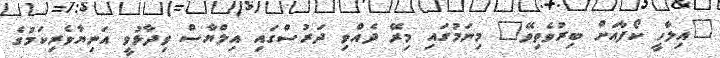
"އިލާހީ ކޯފާއަށް ބިރުވެތިވޭ" މިނަމުގައި މިރޭ ދެއްވި ދަރުސްގައި އިލްޔާސް ވިދާޅުވީ އަނިޔާވެރިކަމުގެ